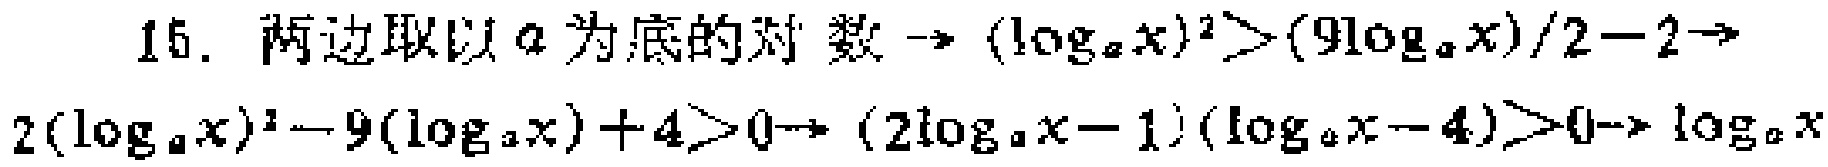
15. 两边取以\(a\)为底的对数\(\to (\log_{a}x)^{2}>\frac{9\log_{a}x}{2}-2\to 2(\log_{a}x)^{2}-9(\log_{a}x)+4>0\to (2\log_{a}x - 1)(\log_{a}x - 4)>0\to \log_{a}x\)